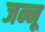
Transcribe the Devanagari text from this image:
जन्नू